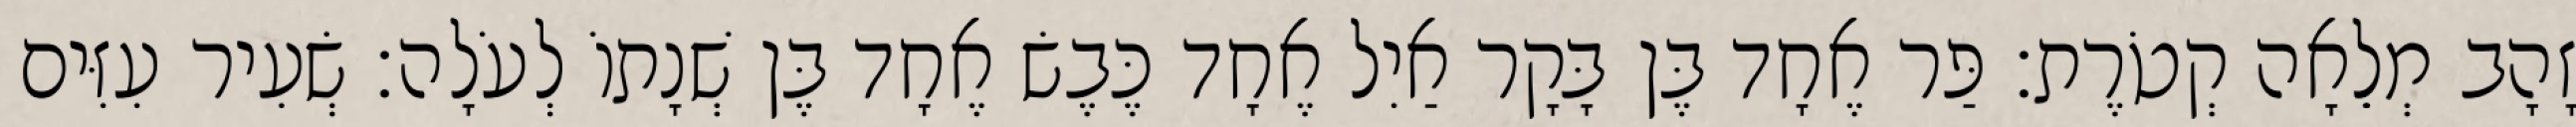
זָהָב מְלֵאָה קְטֹרֶת׃ פַּר אֶחָד בֶּן בָּקָר אַיִל אֶחָד כֶּבֶשׂ אֶחָד בֶּן שְׁנָתוֹ לְעֹלָה׃ שְׂעִיר עִזִּים